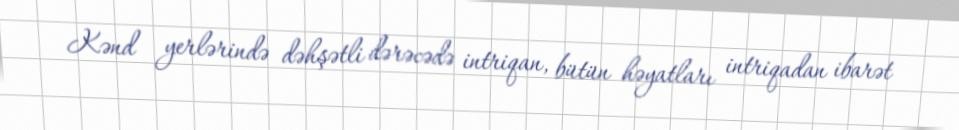
Kənd yerlərində dəhşətli dərəcədə intriqan, bütün həyatları intriqadan ibarət